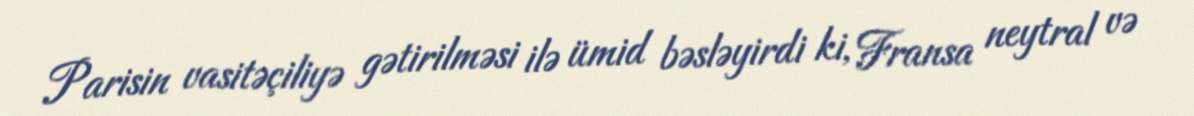
Parisin vasitəçiliyə gətirilməsi ilə ümid bəsləyirdi ki, Fransa neytral və